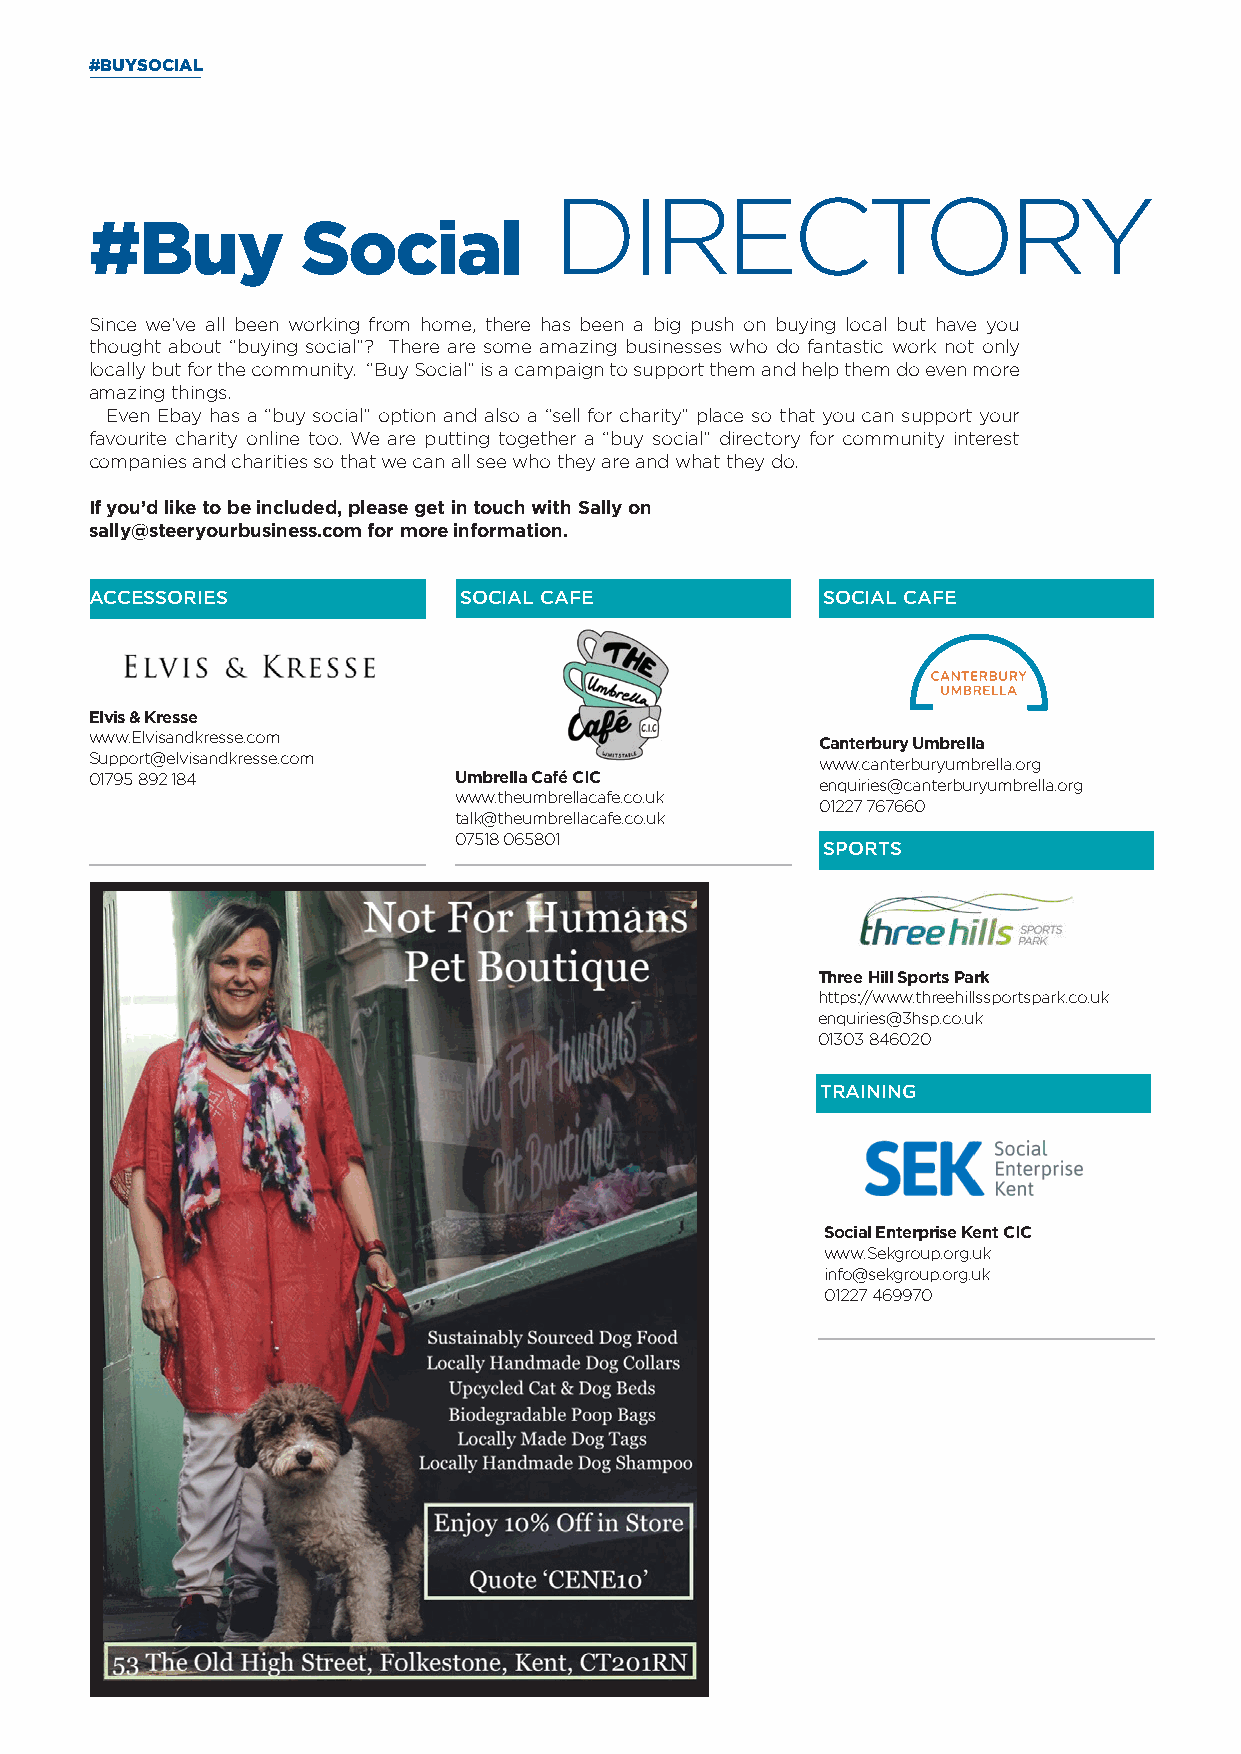
#BUYSOCIAL
 DIRECTORY
 #Buy          Social
 Since we’ve all been working from home, there has been a big push on buying local but have you
 thought about “buying social”? There are some amazing businesses who do fantastic work not only
 locally but for the community. “Buy Social” is a campaign to support them and help them do even more
 amazing things.
 Even Ebay has a “buy social” option and also a “sell for charity” place so that you can support your
 favourite charity online too. We are putting together a “buy social” directory for community interest
 companies and charities so that we can all see who they are and what they do.
 If you’d like to be included, please get in touch with Sally on
 sally@steeryourbusiness.com for more information.
 ACCESSORIES             SBOUCSIINAELS CSA SFEERVICES SBOUCSIINAELS CSA SFEERVICES
 Elvis & Kresse
 www.Elvisandkresse.com                          Canterbury Umbrella
 Support@elvisandkresse.com                      www.canterburyumbrella.org
 01795 892 184           Umbrella Café CIC       enquiries@canterburyumbrella.org
 www.theumbrellacafe.co.uk
 01227 767660
 talk@theumbrellacafe.co.uk
 07518 065801
 SBPUOSIRNTESSS SERVICES
 Three Hill Sports Park
 https://www.threehillssportspark.co.uk
 enquiries@3hsp.co.uk
 01303 846020
 TBRUASIINNEINSGS SERVICES
 Social Enterprise Kent CIC
 www.Sekgroup.org.uk
 info@sekgroup.org.uk
 01227 469970